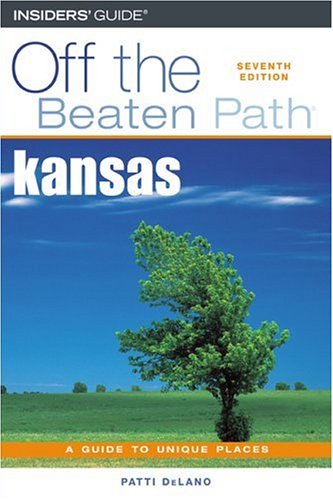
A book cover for Kansas Off the Beaten Path, 7th (Off the Beaten Path Series); Patti DeLano; Travel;